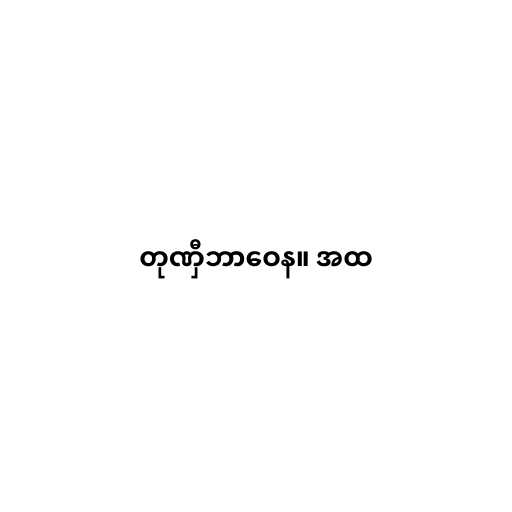
တုဏှီဘာဝေန။ အထ